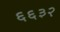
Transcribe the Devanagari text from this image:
६६३२